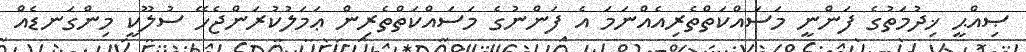
ޞިއްޙީ ޚިދުމަތުގެ ފަންނީ މަސައްކަތްތެރިއެއްނަމަ އެ ފަންނުގެ މަސައްކަތްތެރިން ޢަމަލުކުރަންޖެހޭ ސުލޫކީ މިންގަނޑެއް